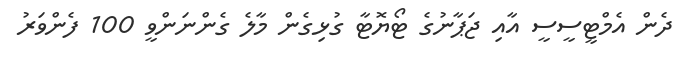
ދެން އެމްޓީސީސީ އާއި ޖަޕާނުގެ ޓޯޔޮޓާ ގުޅިގެން މާލެ ގެންނަންވީ 100 ފެންވަރު